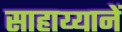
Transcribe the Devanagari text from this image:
साहाय्यानें